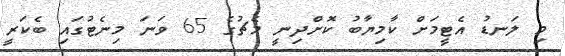
މި ލަނޑު އެޓީމަށް ކާމިޔާބު ކޮށްދިނީ މެޗުގެ 65 ވަނަ މިނެޓުގައި ބެކަރީ